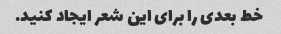
خط بعدی را برای این شعر ایجاد کنید.